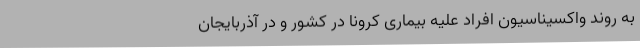
به روند واکسیناسیون افراد علیه بیماری کرونا در کشور و در آذربایجان